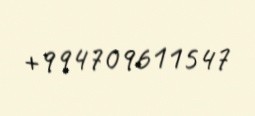
+994709611547